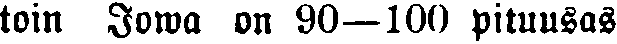
toin Jowa on 90—100 pituusas